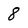
Character: 8